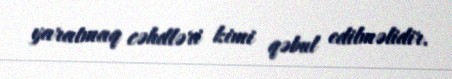
yaratmaq cəhdləri kimi qəbul edilməlidir.